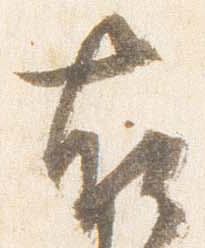
右